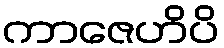
ကာဇေဟိပိ